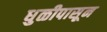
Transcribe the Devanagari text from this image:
धुळीपासून